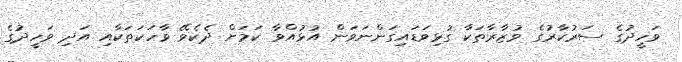
ވަހީދުގެ ސަރުކާރުގެ ވުޒާރާތަކާ ގުޅިވަޑައިގަންނަވަން އުޅުއްވާ ކަމަށް ދެކެވޭ ވާހަކަތަކާއި އަދި ވަހީދުގެ